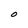
Character: O